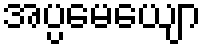
အပ္ပမေယျော